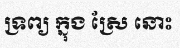
ទ្រព្យ ក្នុង ស្រែ នោះ